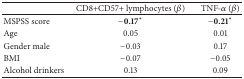
|  | CD8+CD57+ lymphocytes (β) | TNF-α (β) |
 | --- | --- | --- |
 | MSPSS score | −0.17* | −0.21* |
 | Age | 0.05 | 0.01 |
 | Gender male | −0.03 | 0.17 |
 | BMI | −0.07 | −0.05 |
 | Alcohol drinkers | 0.13 | 0.09 |